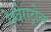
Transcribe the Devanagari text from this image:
रेस्वेराट्रोल